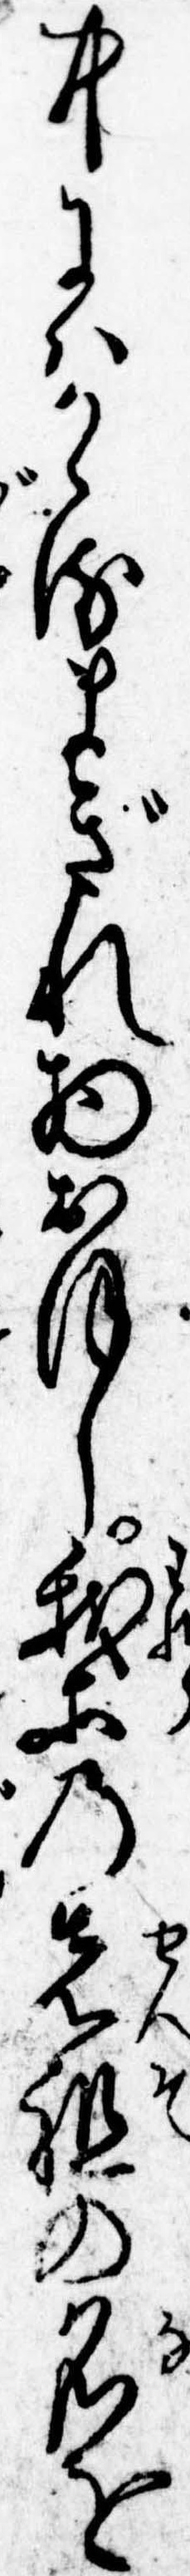
中にはかゝるまぎれ物おほし我等の先祖の名を